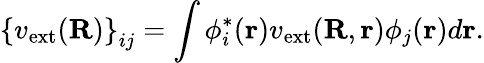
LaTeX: {\displaystyle\left\{ v_{\mathrm{ext}}({\mathbf R})\right\} _{ij}=\int\phi_{i}^{*}({\mathbf r})v_{\mathrm{ext}}({\mathbf R},{\mathbf r})\phi_{j}({\mathbf r})d{\mathbf r}}.